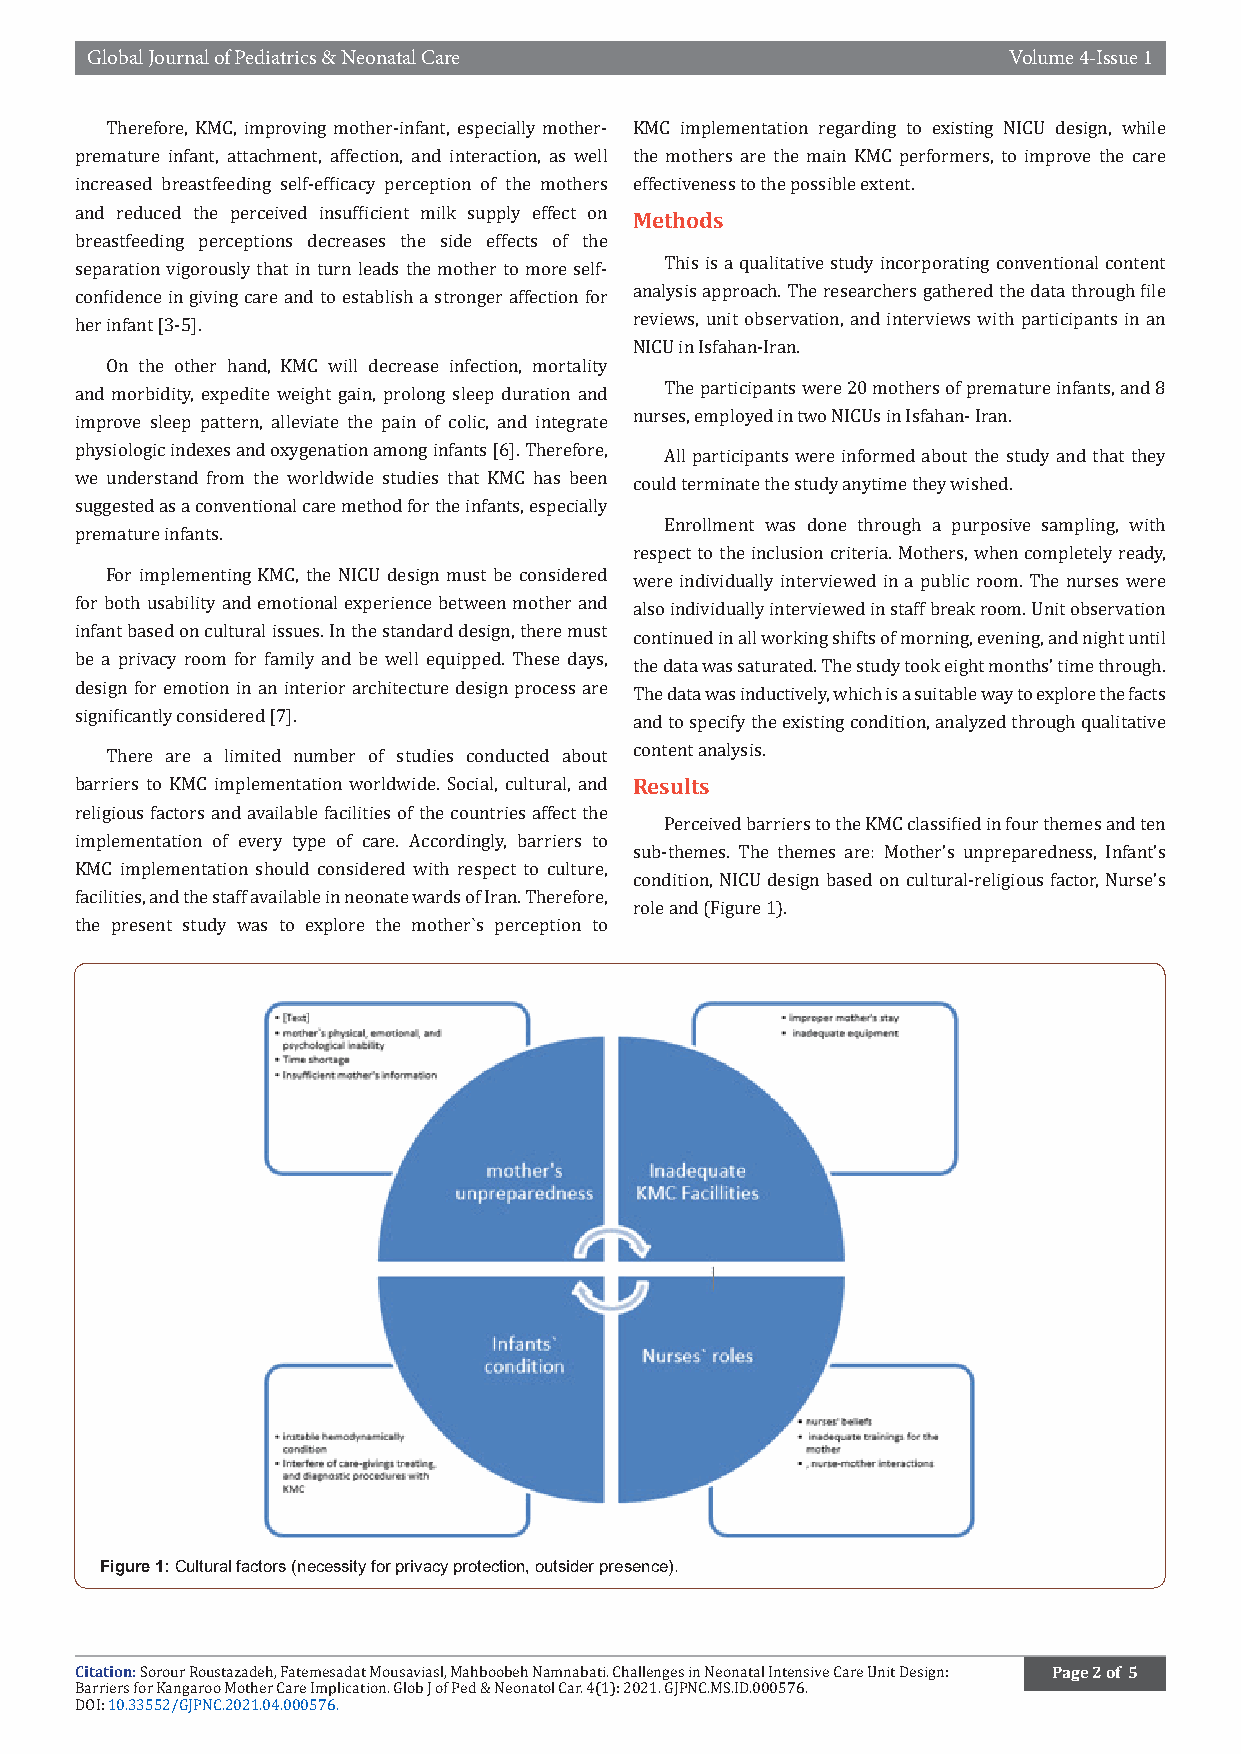
Global Journal of Pediatrics & Neonatal Care                 Volume 4-Issue 1
 Therefore, KMC, improving mother-infant, especially mother- KMC implementation regarding to existing NICU design, while
 premature infant, attachment, affection, and interaction, as well the mothers are the main KMC performers, to improve the care
 increased breastfeeding self-efficacy perception of the mothers eMffeectthivoednesss to the possible extent.
 and reduced the perceived insufficient milk supply effect on
 breastfeeding perceptions decreases the side effects of the
 separation vigorously that in turn leads the mother to more self- This is a qualitative study incorporating conventional content
 confidence in giving care and to establish a stronger affection for analysis approach. The researchers gathered the data through file
 her infant [3-5].                    reviews, unit observation, and interviews with participants in an
 NICU in Isfahan-Iran.
 On the other hand, KMC will decrease infection, mortality
 and morbidity, expedite weight gain, prolong sleep duration and The participants were 20 mothers of premature infants, and 8
 improve sleep pattern, alleviate the pain of colic, and integrate nurses, employed in two NICUs in Isfahan- Iran.
 physiologic indexes and oxygenation among infants [6]. Therefore, All participants were informed about the study and that they
 we understand from the worldwide studies that KMC has been could terminate the study anytime they wished.
 suggested as a conventional care method for the infants, especially
 Enrollment was done through a purposive sampling, with
 premature infants.
 respect to the inclusion criteria. Mothers, when completely ready,
 For implementing KMC, the NICU design must be considered were individually interviewed in a public room. The nurses were
 for both usability and emotional experience between mother and also individually interviewed in staff break room. Unit observation
 infant based on cultural issues. In the standard design, there must continued in all working shifts of morning, evening, and night until
 be a privacy room for family and be well equipped. These days, the data was saturated. The study took eight months’ time through.
 design for emotion in an interior architecture design process are The data was inductively, which is a suitable way to explore the facts
 significantly considered [7].        and to specify the existing condition, analyzed through qualitative
 There are a limited number of studies conducted about
 cRoensteunltt asnalysis.
 barriers to KMC implementation worldwide. Social, cultural, and
 religious factors and available facilities of the countries affect the
 Perceived barriers to the KMC classified in four themes and ten
 implementation of every type of care. Accordingly, barriers to
 sub-themes. The themes are: Mother’s unpreparedness, Infant’s
 KMC implementation should considered with respect to culture,
 condition, NICU design based on cultural-religious factor, Nurse’s
 facilities, and the staff available in neonate wards of Iran. Therefore,
 role and (Figure 1).
 the present study was to explore the mother`s perception to
 Figure 1: Cultural factors (necessity for privacy protection, outsider presence).
 Citation:                                                        Page 2 of 5
 Sorour Roustazadeh, Fatemesadat Mousaviasl, Mahboobeh Namnabati. Challenges in Neonatal Intensive Care Unit Design:
 Barriers for Kangaroo Mother Care Implication. Glob J of Ped & Neonatol Car. 4(1): 2021. GJPNC.MS.ID.000576.
 DOI: 10.33552/GJPNC.2021.04.000576.